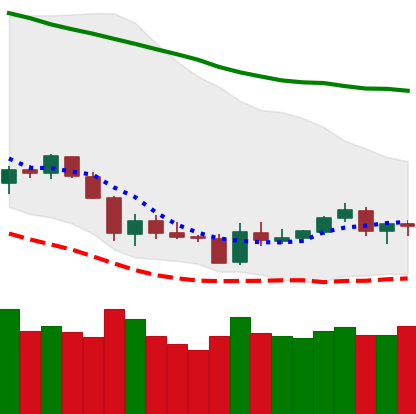
Ticker: LTC-USD
Chart end date: 2018-06-06
Forward return: -11.278%
Label: down_7plus